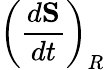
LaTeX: \left(\frac{d\mathbf{S}}{dt}\right)_{R}